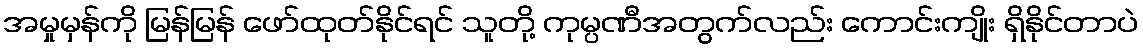
အမှုမှန်ကို မြန်မြန် ဖော်ထုတ်နိုင်ရင် သူတို့ ကုမ္ပဏီအတွက်လည်း ကောင်းကျိုး ရှိနိုင်တာပဲ